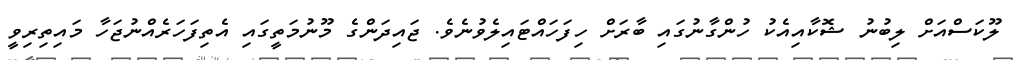
ލޫކަސްއަށް ލިބުނު ޝޮކާއިއެކު ހުންގާނުގައި ބާރަށް ހިފަހައްޓައިލެވުނެވެ. ޖައިދަންގެ މޫނުމަތީގައި އެތިފަހަރެއްނުޖަހާ މައިތިރިވީ